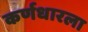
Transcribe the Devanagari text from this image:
कर्णधारला